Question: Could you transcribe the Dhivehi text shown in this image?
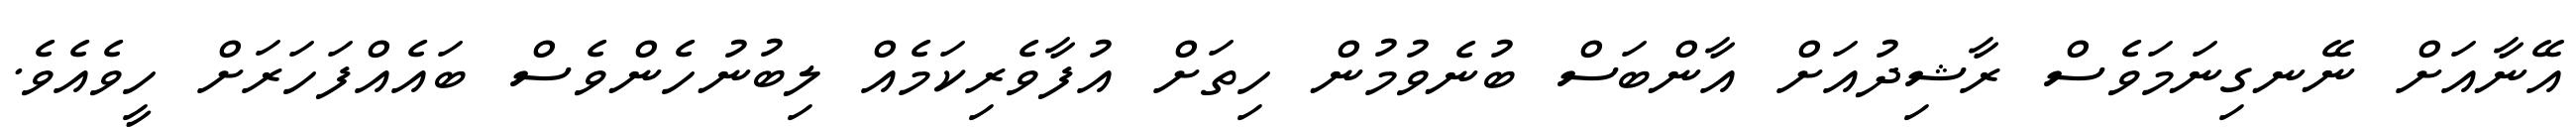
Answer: އޭނާއަށް ނޭނގިނަމަވެސް ރާޝިދުއަށް އާންބަސް ބުނެވުމުން ހިތަށް އުފާވެރިކަމެއް ލިބުނުހެންވެސް ބައެއްފަހަރަށް ހީވެއެވެ.